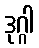
ဒုဂ္ဂါ